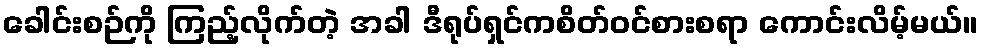
ခေါင်းစဉ်ကို ကြည့်လိုက်တဲ့ အခါ ဒီရုပ်ရှင်ကစိတ်ဝင်စားစရာ ကောင်းလိမ့်မယ်။